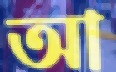
আ